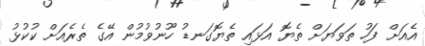
އެއަށް ފަހު ތަވަޔަށް ތެޔޮ އަޅައި ތެޔޮގަނޑު ހޫނުވުމުން އޭގެ ތެރެއަށް ކުކުޅު